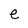
Character: e